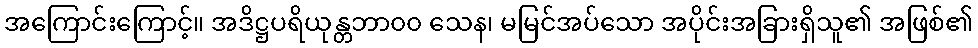
အကြောင်းကြောင့်။ အဒိဋ္ဌပရိယုန္တဘာ၀၀ သေန၊ မမြင်အပ်သော အပိုင်းအခြားရှိသူ၏ အဖြစ်၏